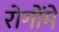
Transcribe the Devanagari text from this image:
रोगोंमें